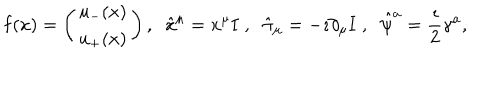
{ \bf f } ( x ) = \left( \begin{array} { c } { { u _ { - } ( x ) } } \\ { { u _ { + } ( x ) } } \\ \end{array} \right) , \; \; \hat { x } ^ { \mu } = x ^ { \mu } { \bf I } \; , \; \; \hat { \pi } _ { \mu } = - \imath \partial _ { \mu } { \bf I } \; , \; \; \hat { \psi } ^ { a } = \frac { \imath } { 2 } \gamma ^ { a } ,